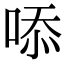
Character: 㖭